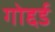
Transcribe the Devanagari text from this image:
गोद्दर्ड